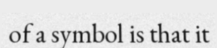
of a symbol is that it